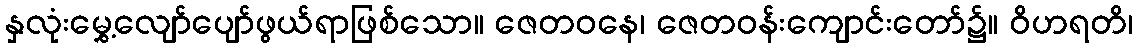
နှလုံးမွှေ့လျော်ပျော်ဖွယ်ရာဖြစ်သော။ ဇေတဝနေ၊ ဇေတဝန်းကျောင်းတော်၌။ ဝိဟရတိ၊